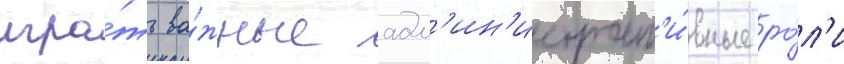
игра́ть ва́жные адм'ин'истрат'и́вные ро́л'и